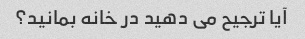
آیا ترجیح می دهید در خانه بمانید؟